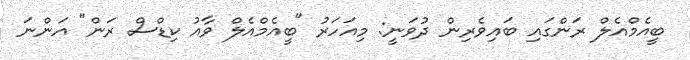
ބީއެމްއެލް ރަންގައި ބައިވެރިން ދުވަނީ: މިއަހަރު "ބީއެމްއެލް ވާއު ކިޑްސް ރަން" އަންނަ